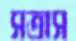
সত্রাস